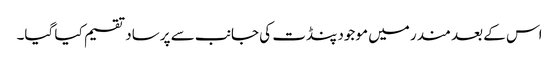
اس کے بعد مندر میں موجود پنڈت کی جانب سے پرساد تقسیم کیا گیا۔